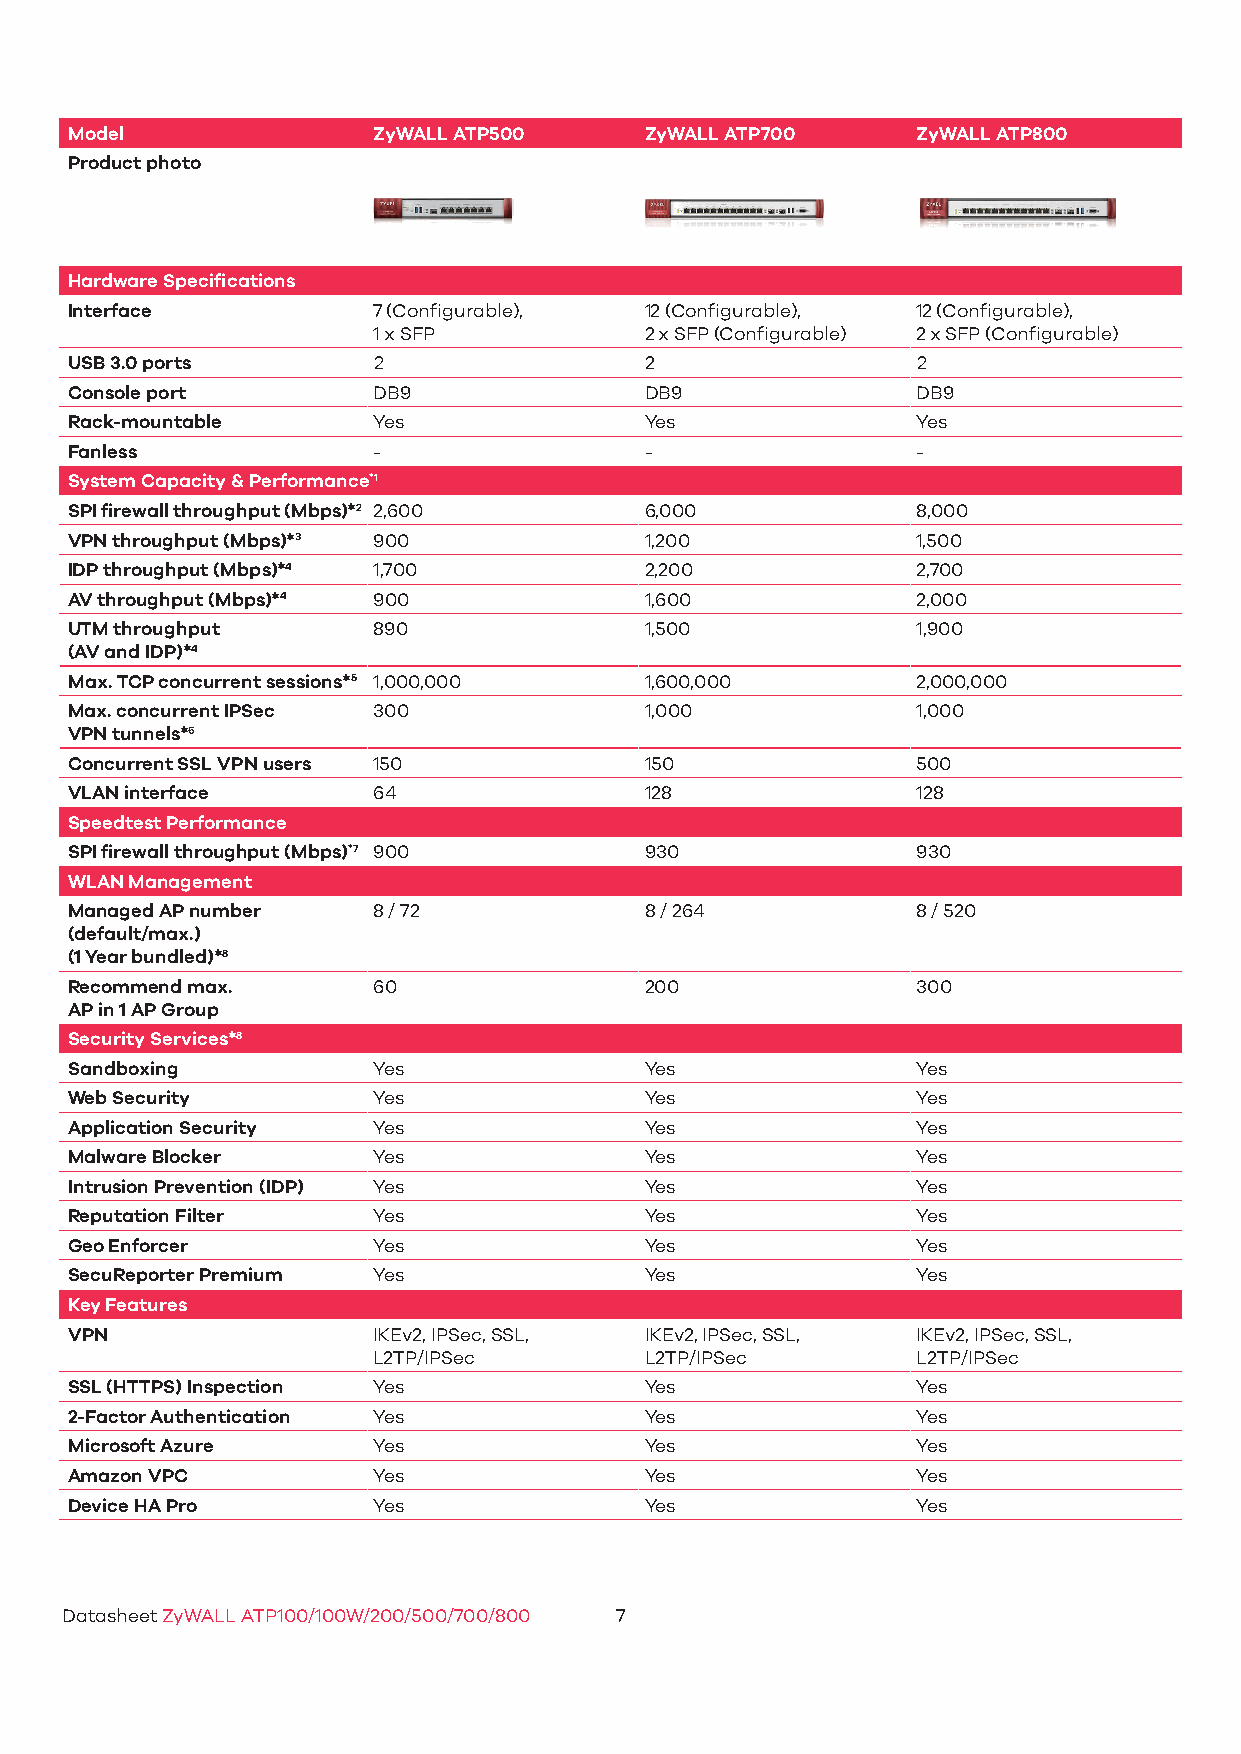
Model                ZyWALL ATP500     ZyWALL ATP700     ZyWALL ATP800
 Product photo
 Hardware Specifications
 Interface            7 (Configurable), 12 (Configurable), 12 (Configurable),
 1 x SFP           2 x SFP (Configurable) 2 x SFP (Configurable)
 USB 3.0 ports        2                 2                 2
 Console port         DB9               DB9               DB9
 Rack-mountable       Yes               Yes               Yes
 Fanless              -                 -                 -
 System Capacity & Performance*1
 SPI firewall throughput (Mbps)*2 2,600 6,000             8,000
 VPN throughput (Mbps)*3 900            1,200             1,500
 IDP throughput (Mbps)*4 1,700          2,200             2,700
 AV throughput (Mbps)*4 900             1,600             2,000
 UTM throughput       890               1,500             1,900
 (AV and IDP)*4
 Max. TCP concurrent sessions*5 1,000,000 1,600,000       2,000,000
 Max. concurrent IPSec 300              1,000             1,000
 VPN tunnels*6
 Concurrent SSL VPN users 150           150               500
 VLAN interface       64                128               128
 Speedtest Performance
 SPI firewall throughput (Mbps)*7 900   930               930
 WLAN Management
 Managed AP number    8 / 72            8 / 264           8 / 520
 (default/max.)
 (1 Year bundled)*8
 Recommend max.       60                200               300
 AP in 1 AP Group
 Security Services*8
 Sandboxing           Yes               Yes               Yes
 Web Security         Yes               Yes               Yes
 Application Security Yes               Yes               Yes
 Malware Blocker      Yes               Yes               Yes
 Intrusion Prevention (IDP) Yes         Yes               Yes
 Reputation Filter    Yes               Yes               Yes
 Geo Enforcer         Yes               Yes               Yes
 SecuReporter Premium Yes               Yes               Yes
 Key Features
 VPN                  IKEv2, IPSec, SSL, IKEv2, IPSec, SSL, IKEv2, IPSec, SSL,
 L2TP/IPSec        L2TP/IPSec        L2TP/IPSec
 SSL (HTTPS) Inspection Yes             Yes               Yes
 2-Factor Authentication Yes            Yes               Yes
 Microsoft Azure      Yes               Yes               Yes
 Amazon VPC           Yes               Yes               Yes
 Device HA Pro        Yes               Yes               Yes
 Datasheet ZyWALL ATP100/100W/200/500/700/800 7